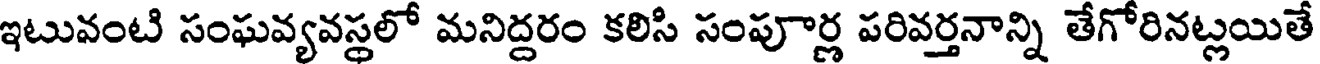
ఇటువంటి సంఘవ్యవస్థలో మనిద్దరం కలిసి సంపూార్ల పరివర్తనాన్ని తేగోరినట్లయితే